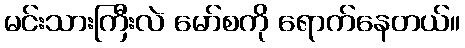
မင်းသားကြီးလဲ မော်စကို ရောက်နေတယ်။